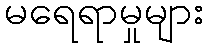
မရေရာမှုများ